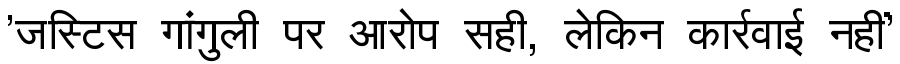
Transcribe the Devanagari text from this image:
'जस्टिस गांगुली पर आरोप सही, लेकिन कार्रवाई नहीं'